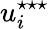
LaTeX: u_{i}^{\star\star\star}